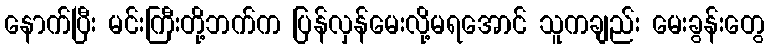
နောက်ပြီး မင်းကြီးတို့ဘက်က ပြန်လှန်မေးလို့မရအောင် သူကချည်း မေးခွန်းတွေ